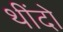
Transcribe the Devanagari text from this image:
थींदो